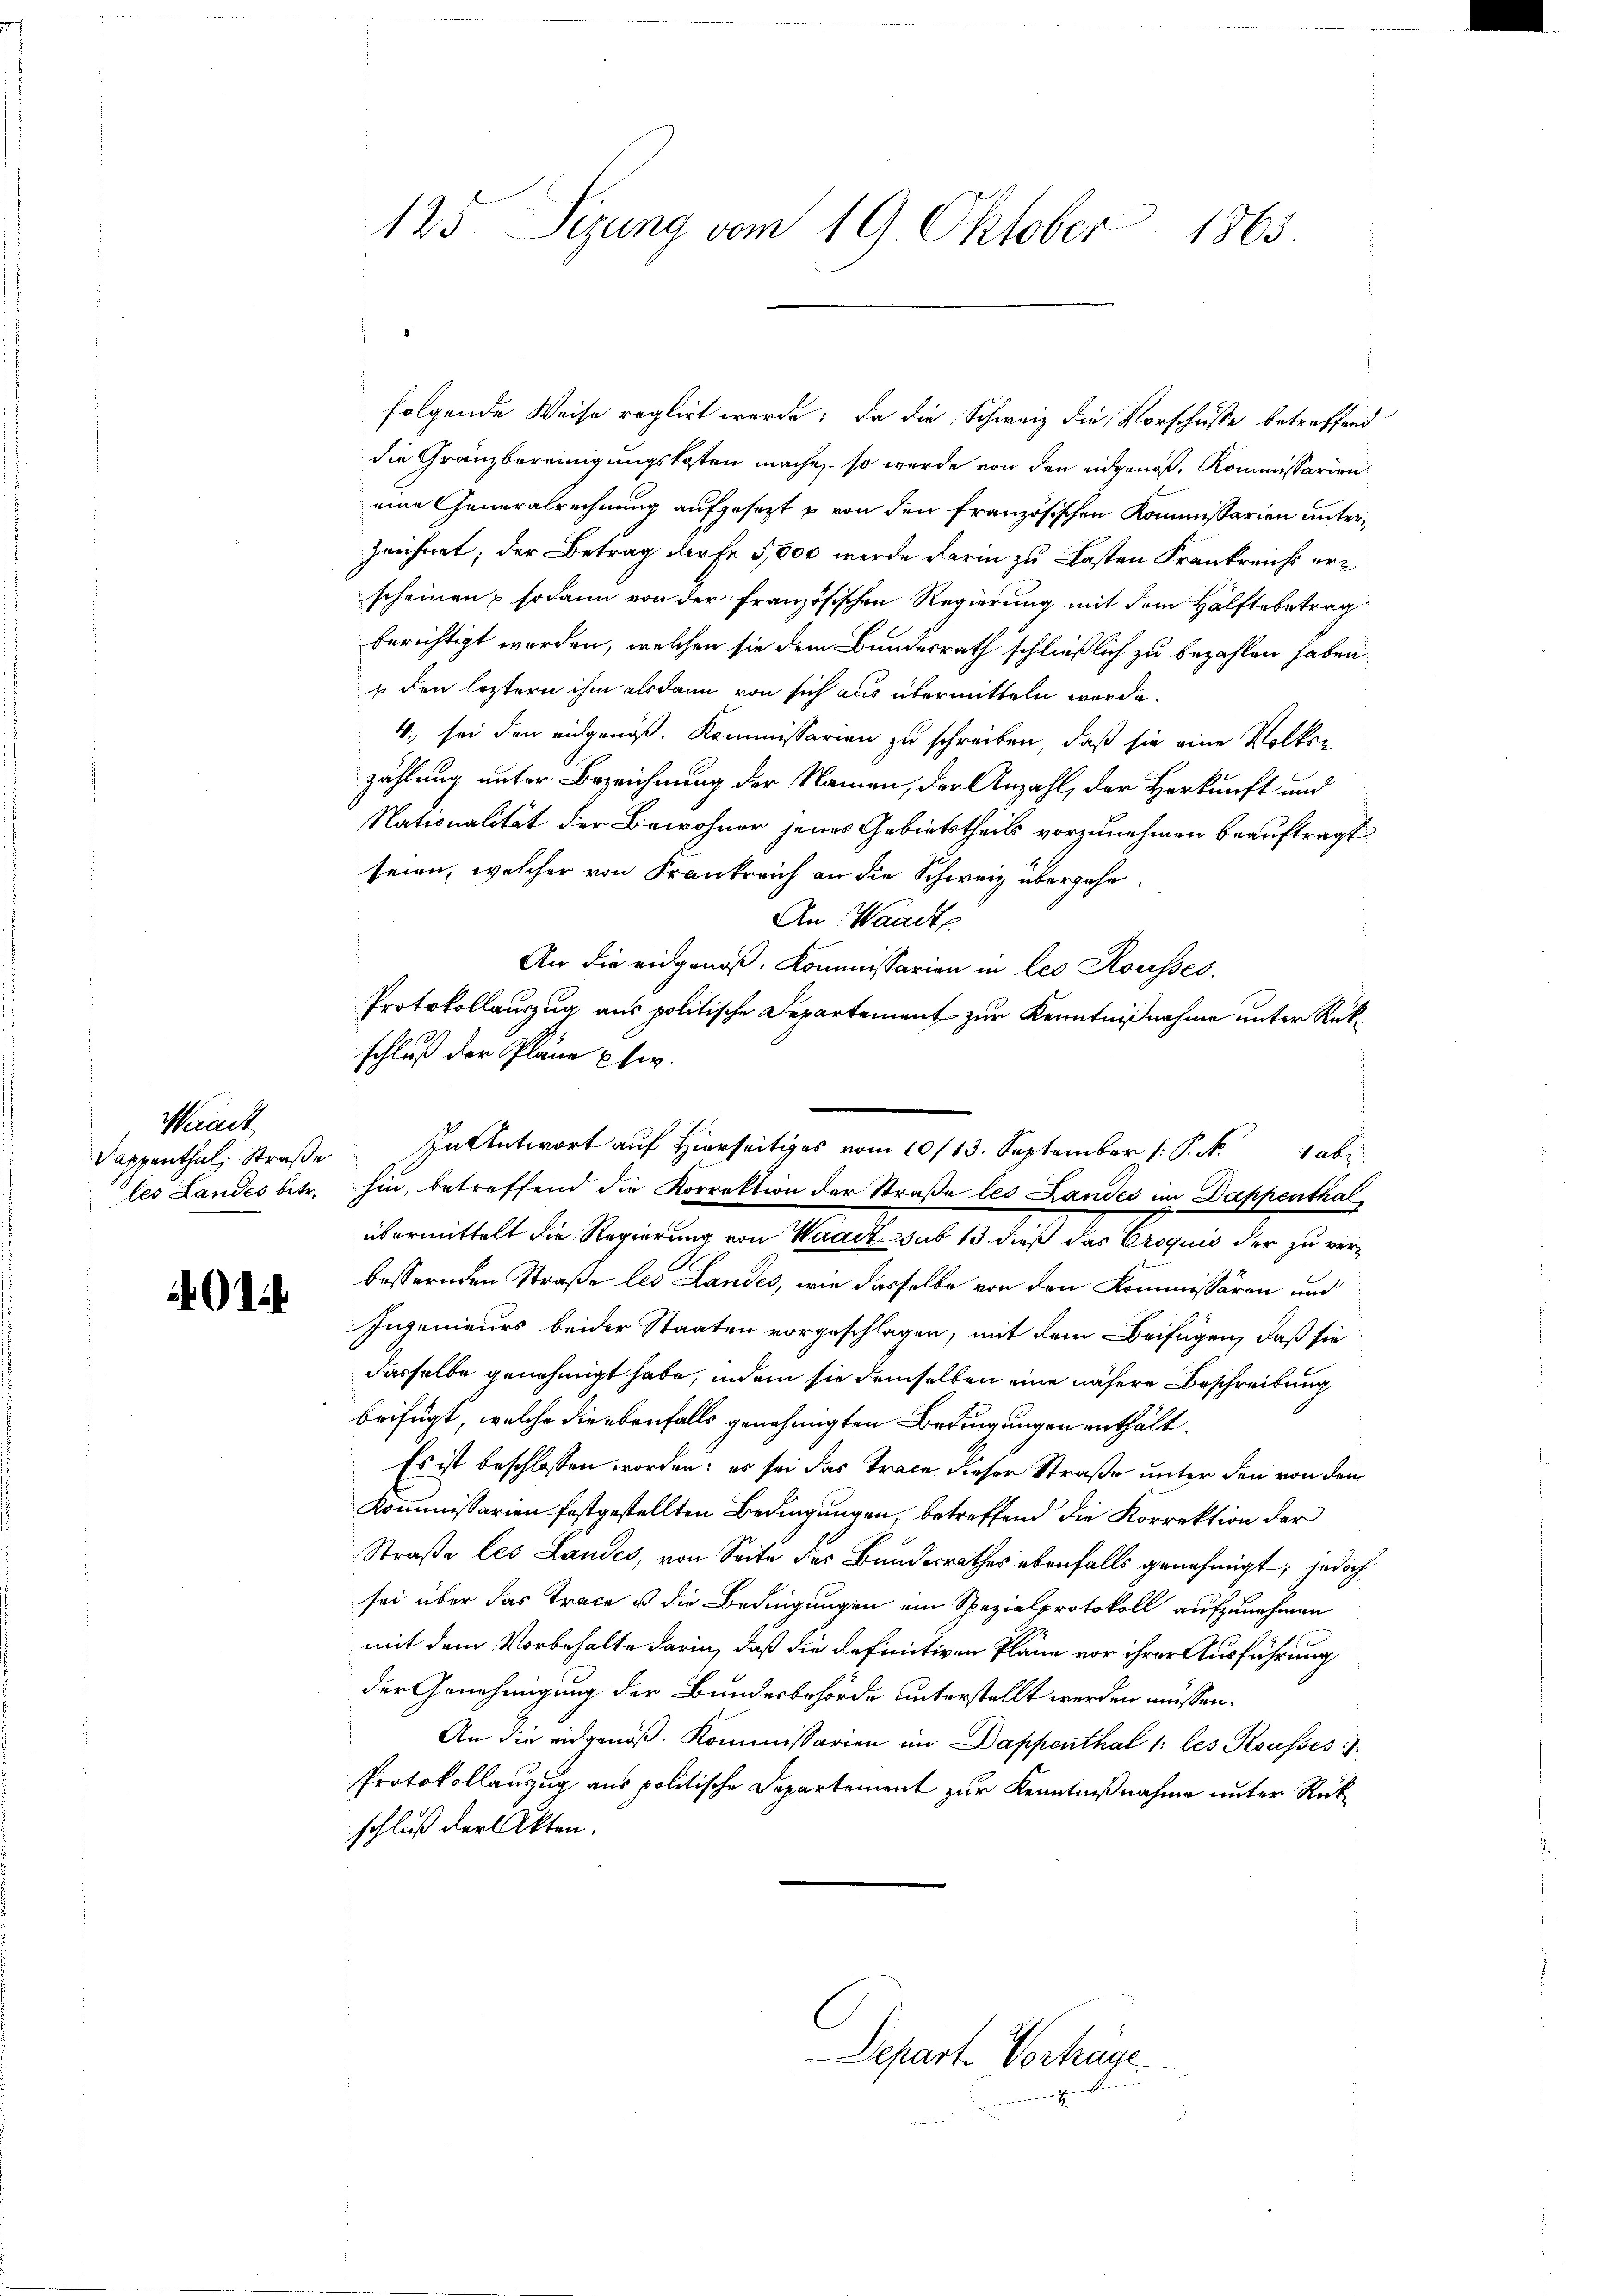
Waadt
Dappenthal, Straße

1

folgende Weise reglirt werde; da die Schweiz die Vorschusse betreffend
die Gränzbereinigungskosten mache, so wurde von den eidgenoß, Kommissarien
eine Generalrechnung aufgesezt u von den französischen Kommissarien unterzeichnet; der Betrag darfe 5,000 werde darin zu Lasten Frankreichs erscheinen & sodann von der französischen Regierung mit dem Hälftebetrag
berichtigt worden, welchen sie dem Bundesrath schließlich zu bezahlen haben.
s den letztern ihm alsdann von sich aus übermitteln werde.
4., sei den eidgenöß. Kommissarien zu schreiben, daß sie eine Volken
zählung unter Bezeichnung der Namen, der Anzahl, der Herkunft und
Nationalität der Bewohner jenes Gebietstheils vorzunehmen beauftragt.
seien, welcher von Frankreich an die Schweiz übergehe.
An Waadt
An die eidgenos. Kommissarien in les Rousses.
Protokollauszug aus politische Departement zur Kenntnißnahme unter Rükschluß der Pläne usw.
In Antwort auf Hierseits vom 10/13. September 1. P. M. abe
les Landes betr. hin, betreffend die Korrektion der Straße les Landes im Dappenthalübermittelt die Regierung von Waadt sub 15. dieß das Croquis der zu verbessernden Straße les Landes, wie dasselbe von den Kommissären und
Ingenieurs beider Staaten vorgeschlagen, mit dem Beifügen, daß sie
dasselbe genehmigt habe, indem sie demselben eine nähere Beschreibung
beifügt, welche die ebenfalls genehmigten Bedingungen enthält.
Es ist beschlossen worden; es sei das Trace dieser Straße unter den von den
Kommissarien festgestellten Bedingungen, betreffend die Korrektion der
Straße les Landes, von Seite des Bundesrathes ebenfalls genehmigt; jedoch
sei über das Trace u die Bedingungen ein Spezialprotokoll aufzunehmen
mit dem Vorbehalte darin, daß die definitiven Pläne vor ihrer Ausführung
der Genehmigung der Bundesbehörde unterstellt werden müssen.
An die eidgenöß. Kommissarien im Dappenthal 1: les Reusses
Protokollanzug aus politische Departement zur Kenntnißnahme unter Rückschluß der Akten.

125. Sizung vom 19. Oktober 1863.

Depart. Vorhäge